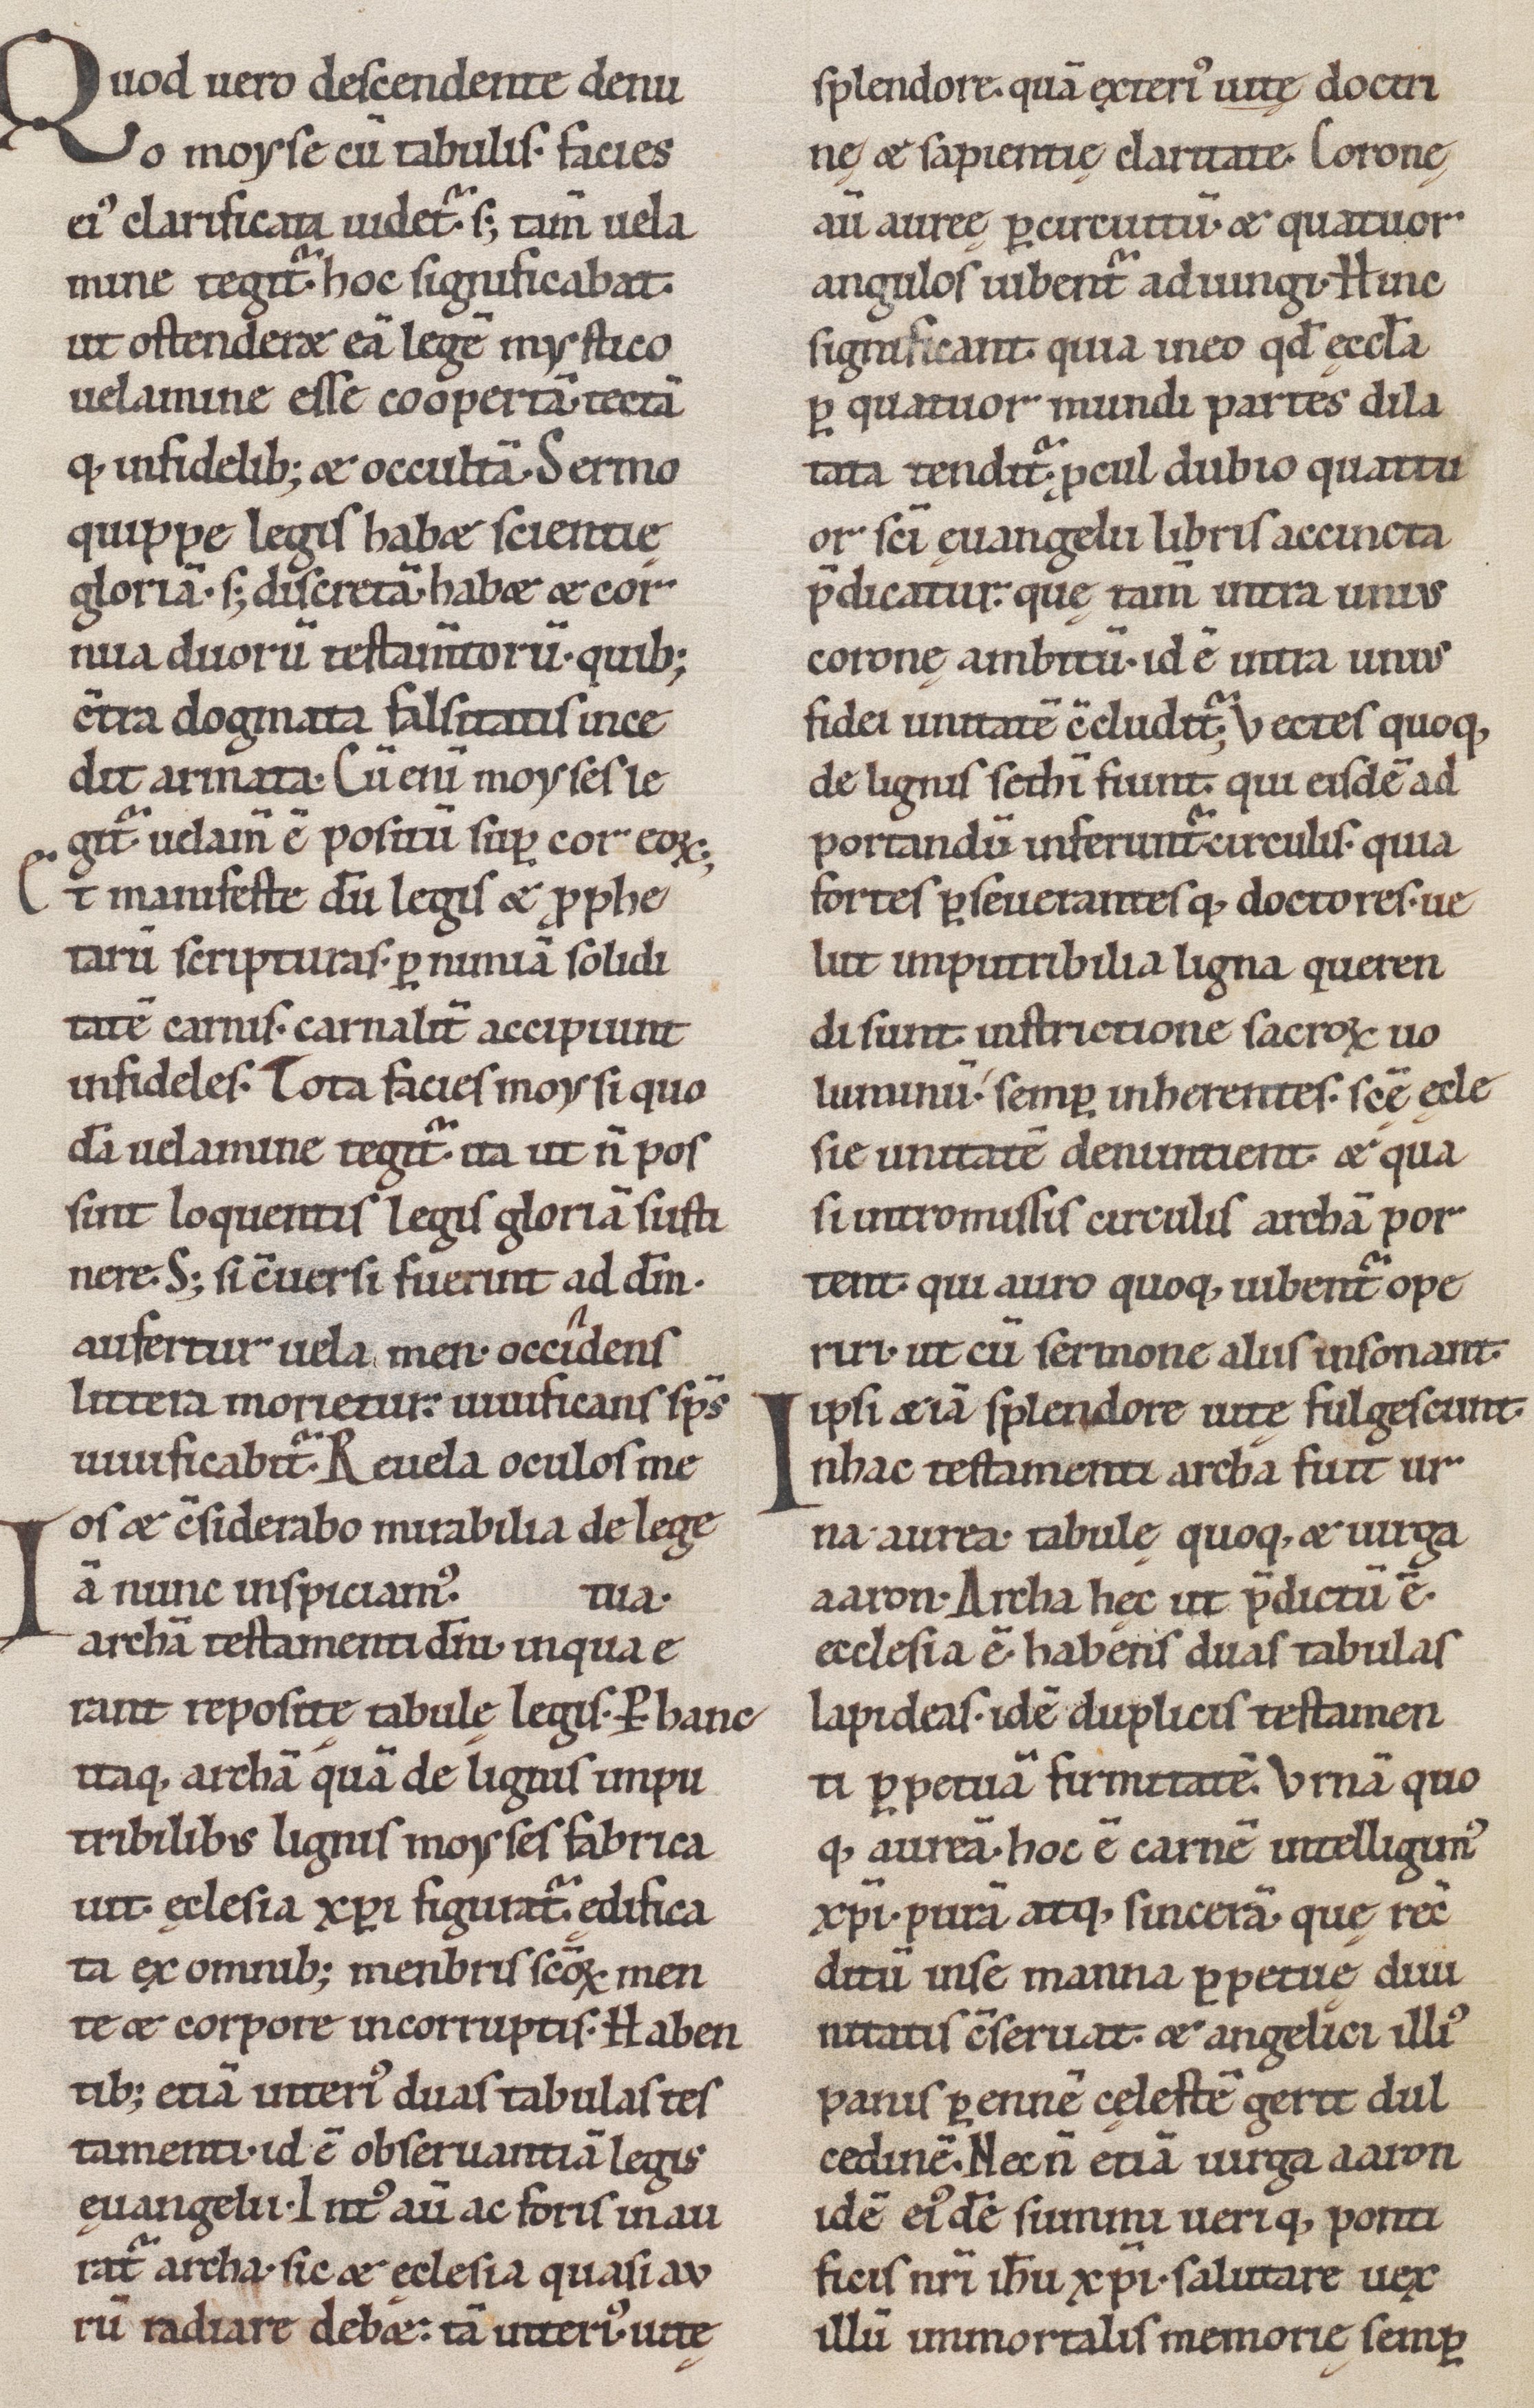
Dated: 1100–1199